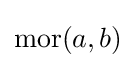
{\text{mor}}(a,b)